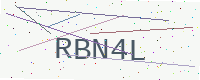
Text: RBN4L